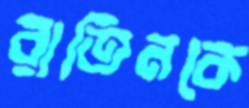
রাতিনকে